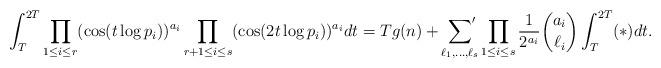
LaTeX: \begin{align*}\int_T^{2T} \prod_{ 1\le i\le r}(\cos(t\log p_i))^{a_i} \prod_{ r+1\le i\le s}(\cos(2t\log p_i))^{a_i} dt =Tg(n) + \sideset{}{'}\sum_{\ell_1,\ldots,\ell_s} \prod_{ 1\le i\le s} \frac{1}{2^{a_i}}{a_i \choose \ell_i} \int_T^{2T} (*) dt.\end{align*}